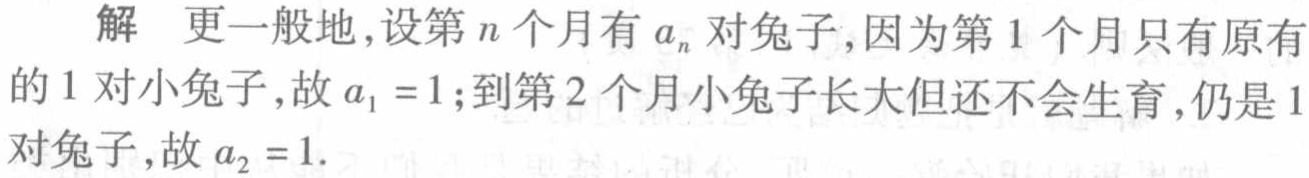
解 更一般地,设第\(n\)个月有\(a_{n}\)对兔子,因为第\(1\)个月只有原有的\(1\)对小兔子,故\(a_{1} = 1\);到第\(2\)个月小兔子长大但还不会生育,仍是\(1\)对兔子,故\(a_{2} = 1\).